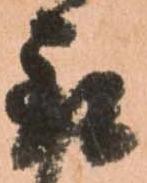
取